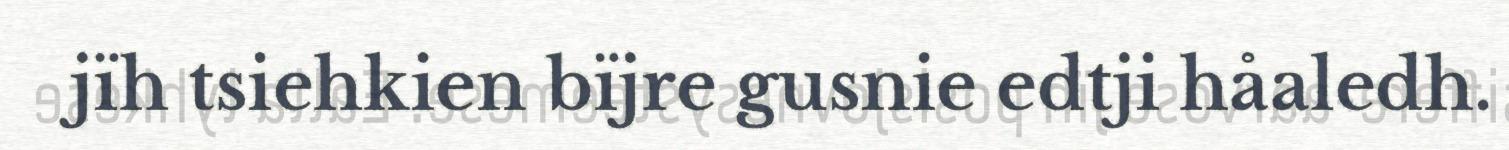
jïh tsiehkien bïjre gusnie edtji håaledh.